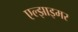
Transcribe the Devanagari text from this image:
एल्झाइमर